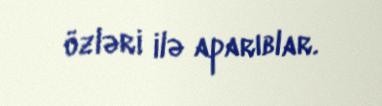
özləri ilə aparıblar.